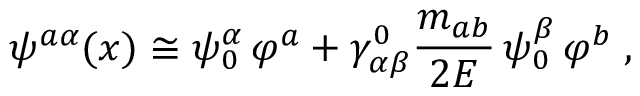
\psi ^ { a \alpha } ( x ) \cong \psi _ { 0 } ^ { \alpha } \, \varphi ^ { a } + \gamma _ { \alpha \beta } ^ { 0 } \frac { m _ { a b } } { 2 E } \, \psi _ { 0 } ^ { \beta } \, \varphi ^ { b } \; ,